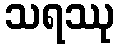
သရဿု